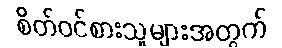
စိတ်ဝင်စားသူများအတွက်